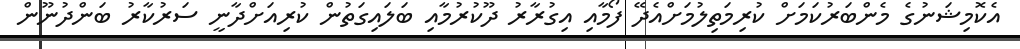
އެކޮމިޝަނުގެ މެންބަރުކަމަށް ކުރިމަތިލުމަށްއެދޭ ފޯމާއި އިގުރާރު ދޫކުރުމާއި ބަލައިގަތުން ކުރިއަށްދާނީ ސަރުކާރު ބަންދުނޫން